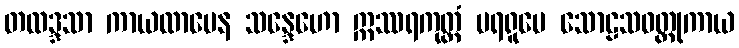
တထဒ္ဒသာ ကာယထာမေန သန္ဒေဟော ဣဿရကုတ္တံ ပရရူပေ သောဠသဝတ္ထုကာယ